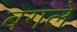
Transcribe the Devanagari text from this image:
बगले